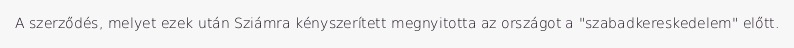
A szerződés, melyet ezek után Sziámra kényszerített megnyitotta az országot a "szabadkereskedelem" előtt.